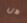
هل